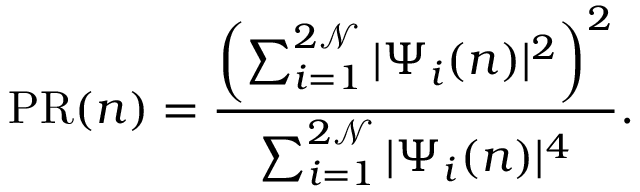
\mathrm { P R } ( n ) = \frac { \left( \sum _ { i = 1 } ^ { 2 \mathcal { N } } | \Psi _ { i } ( n ) | ^ { 2 } \right) ^ { 2 } } { \sum _ { i = 1 } ^ { 2 \mathcal { N } } | \Psi _ { i } ( n ) | ^ { 4 } } .